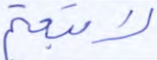
لاتبعتم